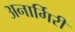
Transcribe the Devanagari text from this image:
अनार्गिरी